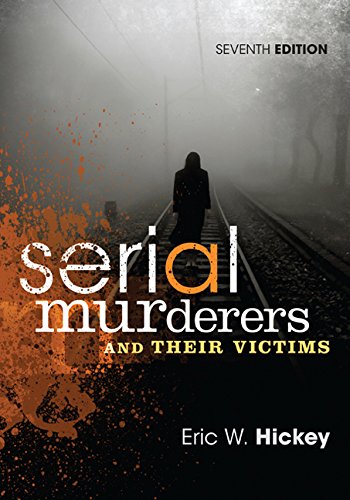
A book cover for Serial Murderers and Their Victims; Eric W. Hickey; Politics & Social Sciences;